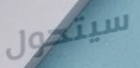
سيتحول